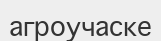
агроучаске